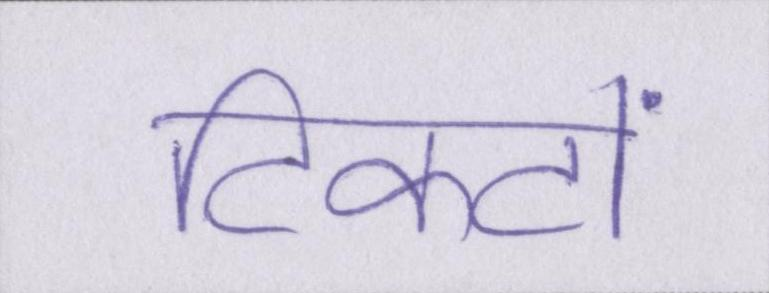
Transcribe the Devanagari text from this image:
टिकटों